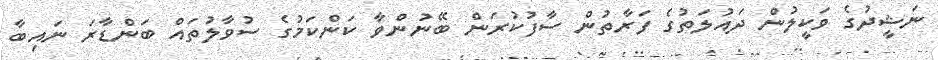
ނަޝީދުގެ ވަކީލުން ދައުލަތުގެ ފަރާތުން ސާފުކުރަން ބޭނުންވާ ކަންކަމުގެ ސުވާލުތައް ބަންޑާރަ ނައިބާ